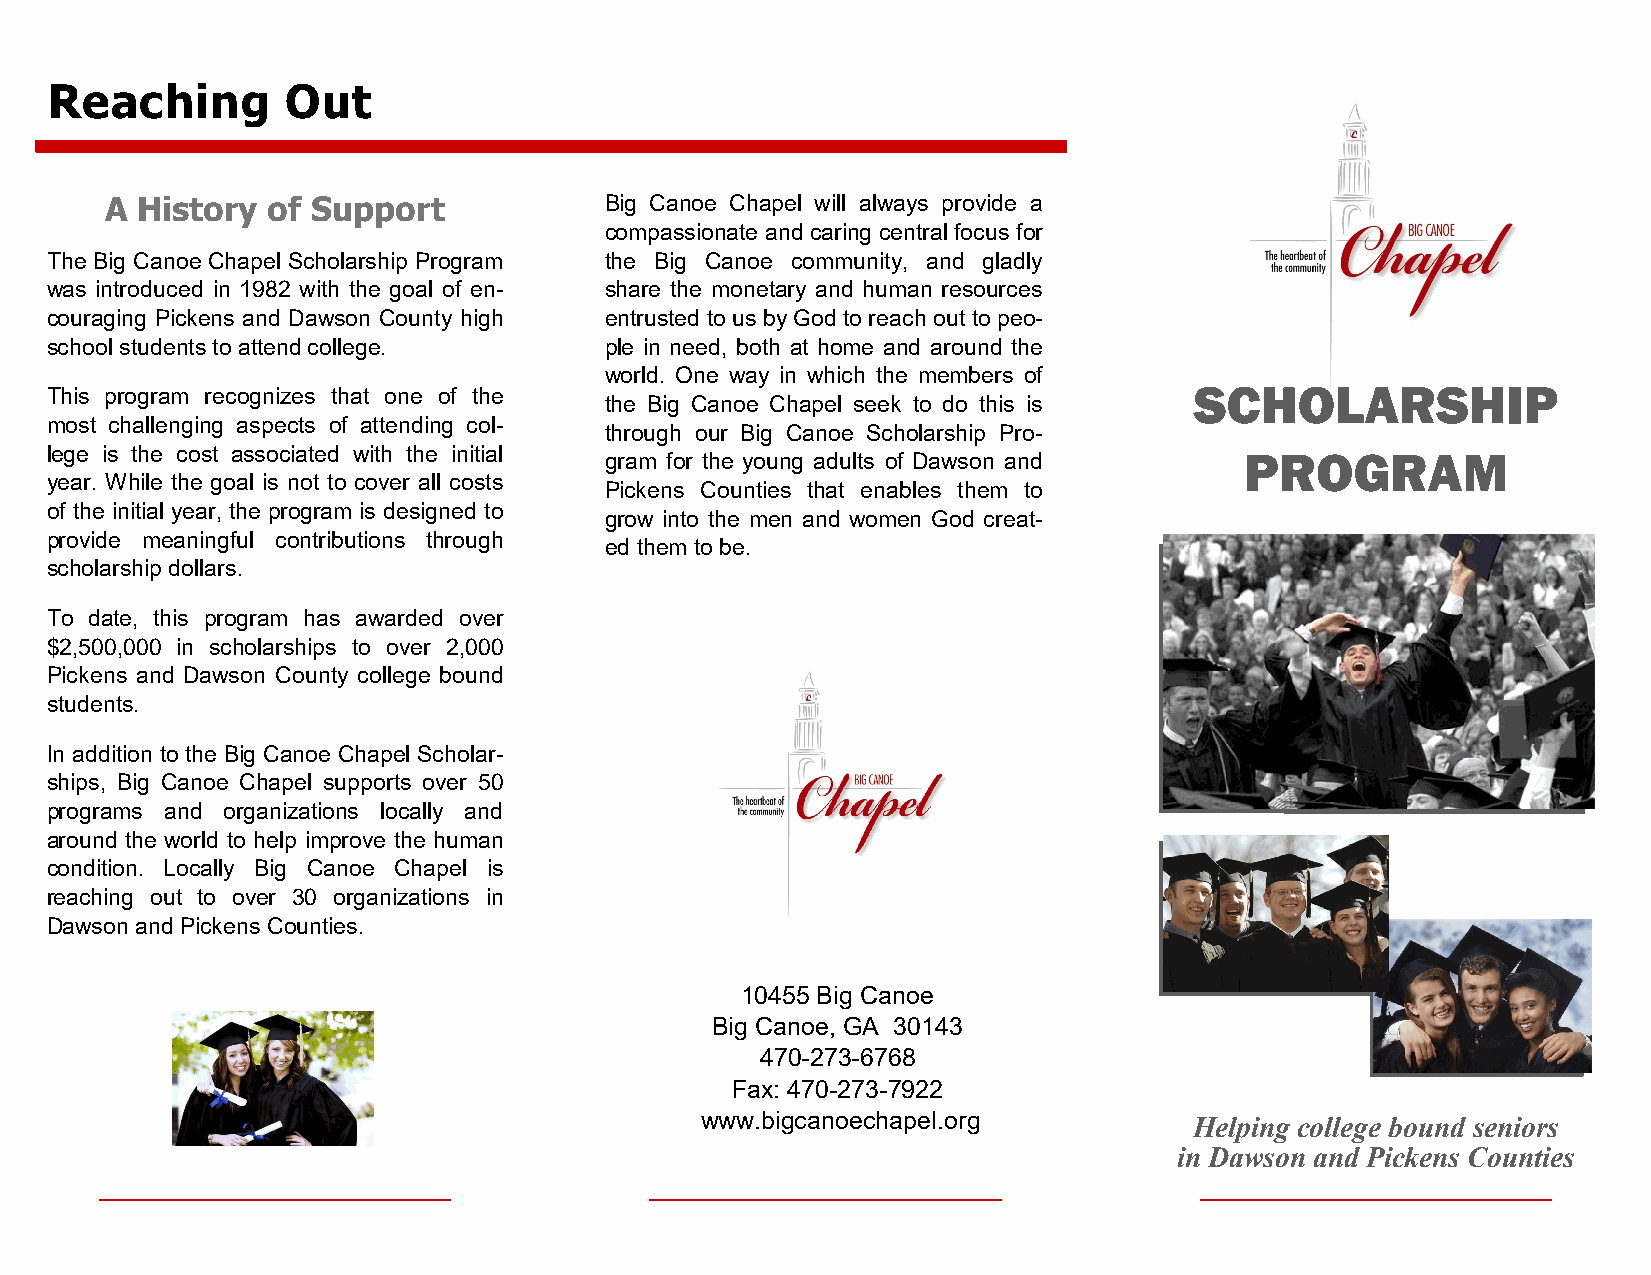
Reaching        Out
 A History  of Support            Big Canoe Chapel will always provide a
 compassionate and caring central focus for
 The Big Canoe Chapel Scholarship Program the Big Canoe community, and gladly
 was introduced in 1982 with the goal of en- share the monetary and human resources
 couraging Pickens and Dawson County high entrusted to us by God to reach out to peo-
 school students to attend college.   ple in need, both at home and around the
 world. One way in which the members of
 SCHOLARSHIP
 This program recognizes that one of the
 the Big Canoe Chapel seek to do this is
 most challenging aspects of attending col-
 through our Big Canoe Scholarship Pro-
 lege is the cost associated with the initial gram for the young adults of Dawson and PROGRAM
 year. While the goal is not to cover all costs
 Pickens Counties that enables them to
 of the initial year, the program is designed to
 grow into the men and women God creat-
 provide meaningful contributions through
 ed them to be.
 scholarship dollars.
 To date, this program has awarded over
 $2,500,000 in scholarships to over 2,000
 Pickens and Dawson County college bound
 students.
 In addition to the Big Canoe Chapel Scholar-
 ships, Big Canoe Chapel supports over 50
 programs and organizations locally and
 around the world to help improve the human
 condition. Locally Big Canoe Chapel is
 reaching out to over 30 organizations in
 Dawson and Pickens Counties.
 10455 Big Canoe
 Big Canoe, GA 30143
 470-273-6768
 Fax: 470-273-7922
 www.bigcanoechapel.org           Helping college bound seniors
 in Dawson and Pickens Counties